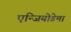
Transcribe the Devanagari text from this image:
एन्जियोडेमा